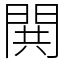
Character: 閧